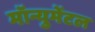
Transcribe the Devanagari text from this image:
मॉन्युमेंटल